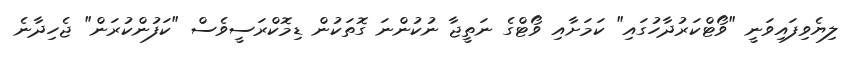
ލިޔެވިފައިވަނީ "ވޯޓްކަރުދާހުގައި" ކަމަށާއި ވޯޓްގެ ނަތީޖާ ނުކުންނަ ގޮތަކުން ޑިމޮކްރަސީވެސް "ކަފުންކުރަން" ޖެހިދާނެ